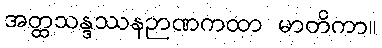
အတ္ထသန္ဒဿနဉာဏကထာ မာတိကာ။